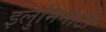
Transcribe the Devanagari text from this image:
इलुमिनाटी